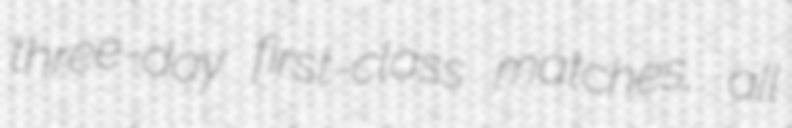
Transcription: three-day first-class matches, all